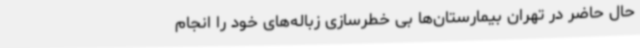
حال حاضر در تهران بیمارستان‌ها بی خطرسازی زباله‌های خود را انجام